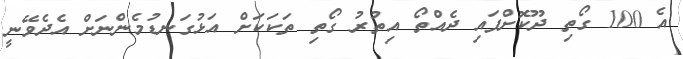
އެ 100 ގޯތި ދޫކޮށްފައި ދެެއްތޯ އިތުރު ގޯތި ތަކަކަށް އަޅުގަނޑުމެންނަށް އެދެވޭނީ